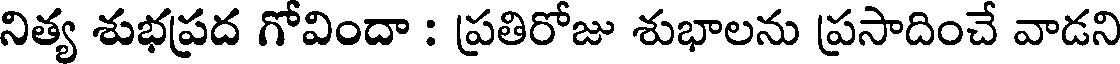
నిత్య శుభప్రద గోవిందా : ప్రతిరోజు శుభాలను ప్రసాదించే వాడని